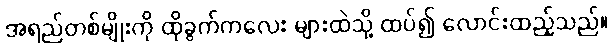
အရည်တစ်မျိုးကို ထိုခွက်ကလေး များထဲသို့ ထပ်၍ လောင်းထည့်သည်။